Calcutta medical institutions reports 1871-78
Year: 1871
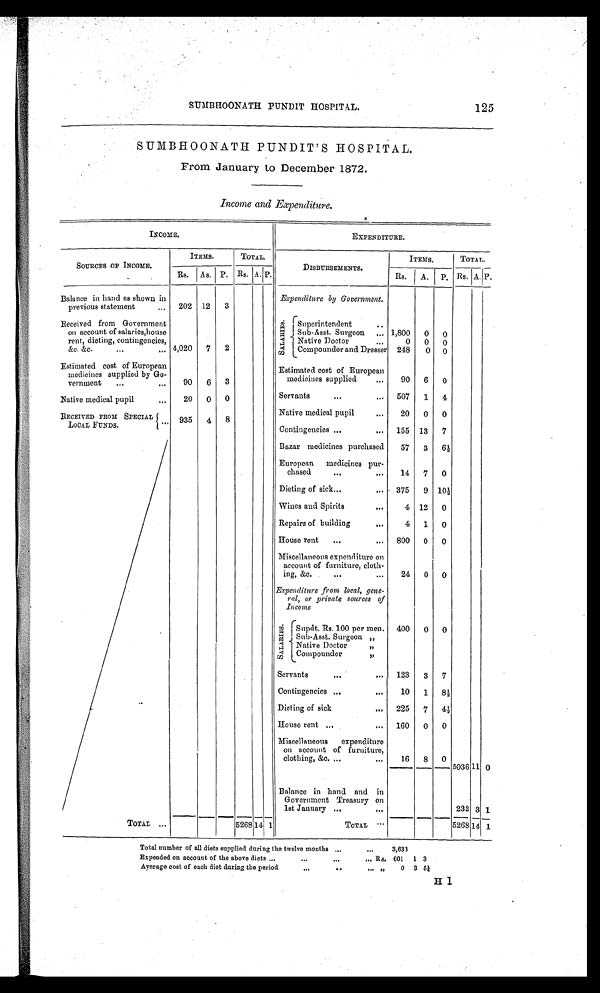
SUMBHOONATH PUNDIT HOSPITAL.
125
SUMBHOONATH PUNDIT'S HOSPITAL.
From January to December 1872.
Income and Expenditure.
INCOME.
EXPENDITURE.
SOURCES OF INCOME.
ITEMS.
TOTAL.
ITEMS.
TOTAL.
Rs. As. P. Rs. A. P.
DISBURSEMENTS.
Rs.
A. P. Rs. A. P.
Balance in hand as shown in
previous statement
202 12
3
Expenditure by Government.
Received from Government
on account of salaries,house
rent, dieting, contingencies,
&c. &c.
4,020
7
2
S AL AR I E S .
Superintendent
Sub-Asst. Surgeon
1,800
0
0
Native Doctor
0
0
0
Compounder and Dresser 248
0
0
Estimated cost of European
medicines supplied by Go-
vernment
90
6
3
Estimated cost of European
medicines supplied
90
6
0
Native medical pupil
20
0
0
Servants
507
1
4
RECEIVED FROM SPECIAL
LOCAL FUNDS.
935
4
8
Native medical pupil
Contingencies
20
155
0
13
0
7
.
Bazar medicines purchased
57
3
6½
European medicines pur-
chased
14
7
0
Dieting of sick
375
9 10½
Wines and Spirits
4 12
0
Repairs of building
4
1
0
House rent
800
0
0
Miscellaneous expenditure on
account of furniture, cloth-
ing, &c.
24
0
0
Expenditure from local, gene-
ral, or private sources of
Income
S A L A R I E S rsupdt. Rs. 100 per men. 400
0
0
_
Sub-Asst. Surgeon ,,
Native Doctor ,,
Compounder ,,
Servants
123
3
7
Contingencies
10
1
8 ½
Dieting of sick
225
7
4½
House rent
160
0
0
Miscellaneous expenditure
on account of furniture,
clothing, &c.
16
8
0
5036 11 0
Balance in hand and in
Government Treasury on
1st January
232 3 1
TOTAL
5268 14 1
TOTAL
5268 14 1
Total number of all diets supplied during the twelve months
3,633
Expended on account of the above diets
Rs. 601
1 3
Average cost of each diet during the period
, ,
0
3 5½
H 1